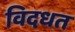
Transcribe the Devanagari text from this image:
विदधत